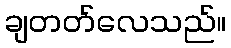
ချတတ်လေသည်။